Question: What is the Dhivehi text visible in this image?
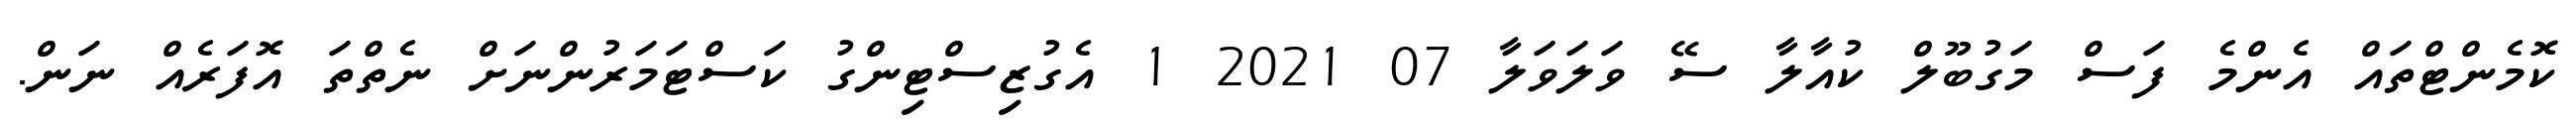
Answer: ކޮމެންޓްތައް އެންމެ ފަސް މަގުބޫލް ކުއާލާ ސޭ ވަލަވަލާ 07 2021 1 އެގުޒިސްޓިންގު ކަސްޓަމަރުންނަށް ނެތްތަ އޮފަރެއް ނަން.